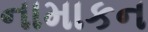
નામાકન